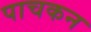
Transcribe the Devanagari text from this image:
पाचकन